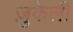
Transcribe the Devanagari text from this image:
ज़ुकेली